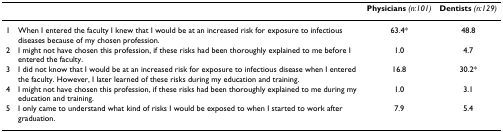
|  |  | Physicians (n:101) | Dentists (n:129) |
 | --- | --- | --- | --- |
 | 1 | When I entered the faculty I knew that I would be at an increased risk for exposure to infectious diseases because of my chosen profession. | 63.4* | 48.8 |
 | 2 | I might not have chosen this profession, if these risks had been thoroughly explained to me before I entered the faculty. | 1.0 | 4.7 |
 | 3 | I did not know that I would be at an increased risk for exposure to infectious disease when I entered the faculty. However, I later learned of these risks during my education and training. | 16.8 | 30.2* |
 | 4 | I might not have chosen this profession, if these risks had been thoroughly explained to me during my education and training. | 1.0 | 3.1 |
 | 5 | I only came to understand what kind of risks I would be exposed to when I started to work after graduation. | 7.9 | 5.4 |